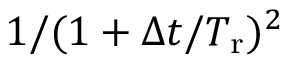
1 / ( 1 + \Delta t / T _ { \mathrm { r } } ) ^ { 2 }